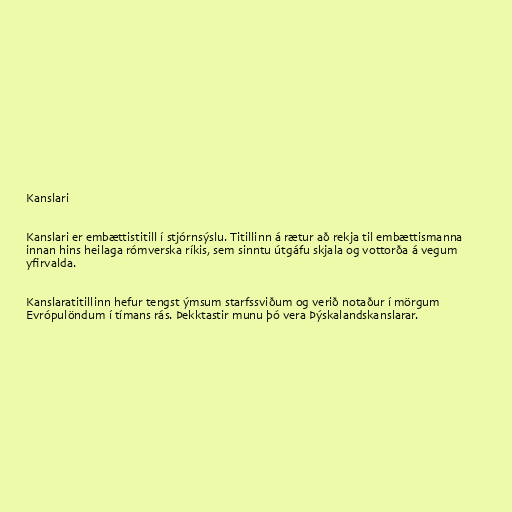
Kanslari

Kanslari er embættistitill í stjórnsýslu. Titillinn á rætur að rekja til embættismanna
innan hins heilaga rómverska ríkis, sem sinntu útgáfu skjala og vottorða á vegum
yfirvalda.

Kanslaratitillinn hefur tengst ýmsum starfssviðum og verið notaður í mörgum
Evrópulöndum í tímans rás. Þekktastir munu þó vera Þýskalandskanslarar.